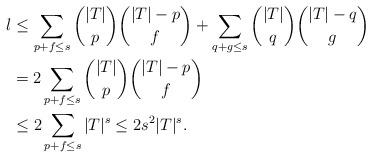
LaTeX: \begin{align*}l&\leq \sum_{p+f\leq s} \binom{|T|}{p} \binom{|T|-p}{f} +\sum_{q+g\leq s} \binom{|T|}{q} \binom{|T|-q}{g}\\&= 2\sum_{p+f\leq s}\binom{|T|}{p} \binom{|T|-p}{f}\\&\leq 2 \sum_{p+f\leq s} |T|^s\leq 2 s^2 |T|^s.\end{align*}